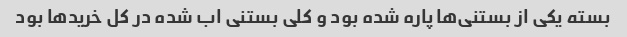
بسته یکی از بستنی‌ها پاره شده بود و کلی بستنی اب شده در کل خرید‌ها بود